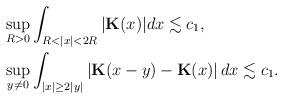
LaTeX: \begin{align*}&\sup_{R>0}\int_{R<|x|<2R}|\mathbf{K}(x)|dx\lesssim c_1,\\&\sup_{y\not= 0}\int_{|x|\geq 2|y|}\left|\mathbf{K}(x-y)-\mathbf{K}(x)\right|dx \lesssim c_1.\end{align*}